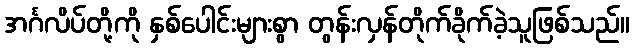
အင်္ဂလိပ်တို့ကို နှစ်ပေါင်းများစွာ တွန်းလှန်တိုက်ခိုက်ခဲ့သူဖြစ်သည်။